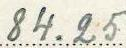
84.25